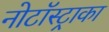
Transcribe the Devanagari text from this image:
नोटॉस्ट्राका